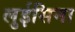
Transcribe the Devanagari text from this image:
लुईसिना